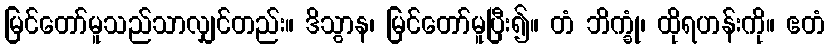
မြင်တော်မူသည်သာလျှင်တည်း။ ဒိသွာန၊ မြင်တော်မူပြီး၍။ တံ ဘိက္ခုံ၊ ထိုရဟန်းကို။ ဧတံ